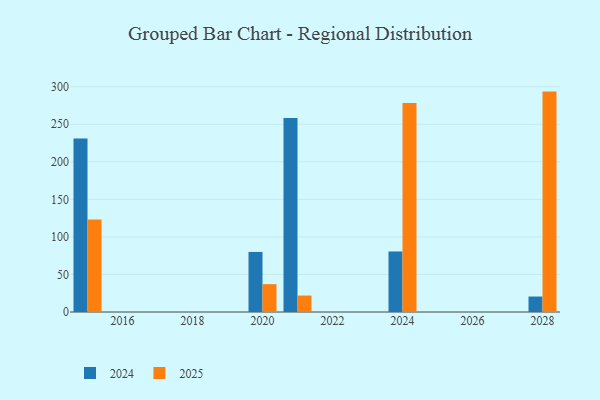
{"axis": {"x": "Year", "y": "Demand Index"}, "legend": ["2024", "2025"], "data": [{"x": "2028", "y": 20.6, "type": "2024"}, {"x": "2028", "y": 293.5, "type": "2025"}, {"x": "2015", "y": 230.9, "type": "2024"}, {"x": "2015", "y": 123.2, "type": "2025"}, {"x": "2024", "y": 80.6, "type": "2024"}, {"x": "2024", "y": 278.2, "type": "2025"}, {"x": "2020", "y": 80.0, "type": "2024"}, {"x": "2020", "y": 37.1, "type": "2025"}, {"x": "2021", "y": 258.5, "type": "2024"}, {"x": "2021", "y": 21.9, "type": "2025"}]}